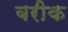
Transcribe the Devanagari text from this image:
बरीक